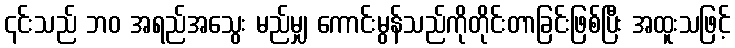
၎င်းသည် ဘဝ အရည်အသွေး မည်မျှ ကောင်းမွန်သည်ကိုတိုင်းတာခြင်းဖြစ်ပြီး အထူးသဖြင့်